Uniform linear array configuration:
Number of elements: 12
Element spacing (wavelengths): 0.75
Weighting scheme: exponential
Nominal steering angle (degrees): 0
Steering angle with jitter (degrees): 0.9512
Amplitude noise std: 0.05
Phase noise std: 0.05

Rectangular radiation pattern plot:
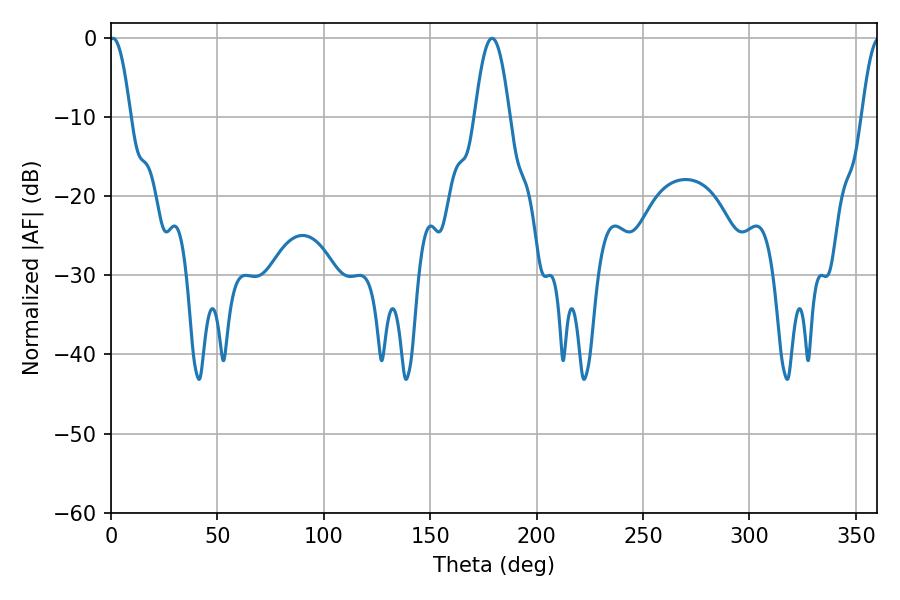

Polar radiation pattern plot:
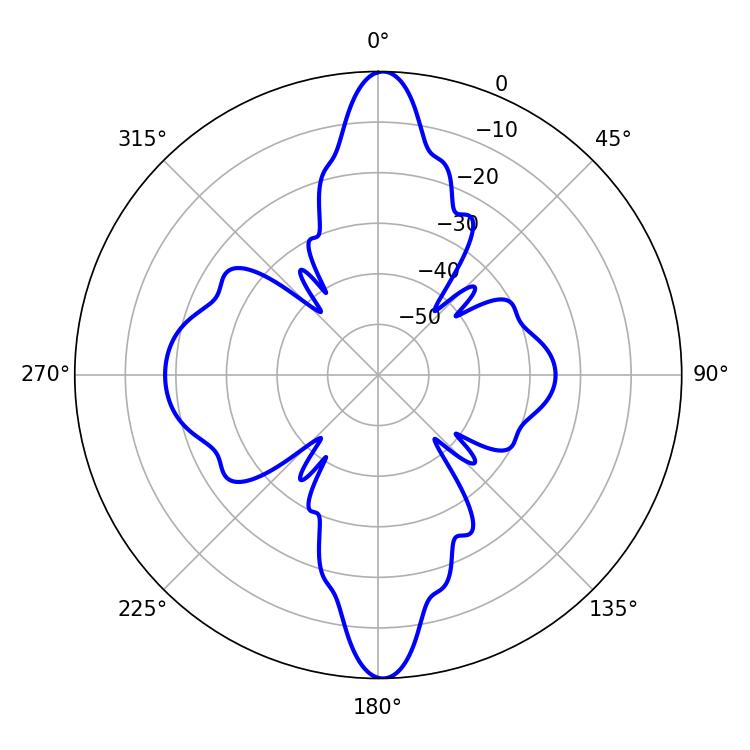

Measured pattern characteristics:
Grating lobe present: TRUE
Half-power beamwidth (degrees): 5.4
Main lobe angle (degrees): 0.9